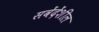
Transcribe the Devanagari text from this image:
सवेंदेंशील